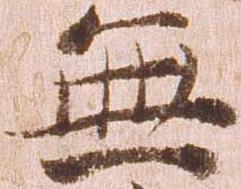
無